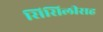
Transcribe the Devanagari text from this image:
सिसिलीसह